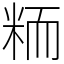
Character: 粫